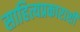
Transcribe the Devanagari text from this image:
साहित्यप्रकाराशी